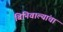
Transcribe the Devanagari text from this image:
बिनिवाल्यांचा